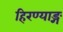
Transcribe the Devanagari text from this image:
हिरण्याङ्ग